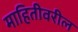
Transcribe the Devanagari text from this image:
माहितीवरील